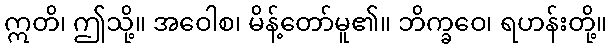
ဣတိ၊ ဤသို့။ အဝေါစ၊ မိန့်တော်မူ၏။ ဘိက္ခဝေ၊ ရဟန်းတို့။